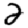
Digit: 2